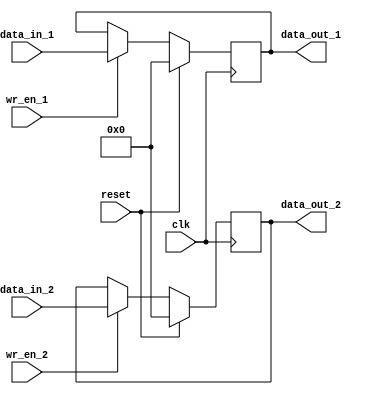
module dual_port_register (
  input wire clk,
  input wire reset,
  input wire wr_en_1, 
  input wire wr_en_2, 
  input wire [7:0] data_in_1,
  input wire [7:0] data_in_2,
  output reg [7:0] data_out_1,
  output reg [7:0] data_out_2
);

  reg [7:0] reg_1;
  reg [7:0] reg_2;

  always @(posedge clk) begin
    if (reset) begin
      reg_1 <= 8'h00;
      reg_2 <= 8'h00;
    end else begin
      if (wr_en_1) begin
        reg_1 <= data_in_1;
      end
      if (wr_en_2) begin
        reg_2 <= data_in_2;
      end
    end
  end

  assign data_out_1 = reg_1;
  assign data_out_2 = reg_2;

endmodule